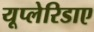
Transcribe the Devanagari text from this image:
यूप्लेरिडाए